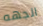
الجهه